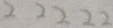
2 2 2 2 2